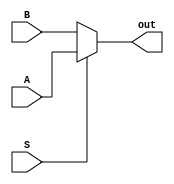
module mux(input A, input B, input S, output out);

    assign out = (S == 0 ) ? B : A;

endmodule

module barrelLeft #(
    parameter n = 24,
    parameter sel = 5
) (
    input [n-1:0] in, input [sel-1:0] s, output [n-1:0] out
);
    
    wire [n-1:0] temp [sel-2:0];
    genvar i;
    generate
        columnLeft #(0, n) col_01 (in, s[0], temp[0]);
        for (i = 1; i < sel - 1; i = i + 1) begin: columnLoopLeft
            columnLeft #(i, n) col (temp[i-1], s[i], temp[i]);
        end
        columnLeft #(sel-1, n) col_0n (temp[sel-2], s[sel-1], out);
    endgenerate

endmodule

module columnLeft #(
    parameter level = 4,
    parameter n = 24
) (
    input [n-1:0] in, input s, output [n-1:0] out
);

    mux mux_01 [2**level-1:0]({2**level{1'b0}}, in[2**level-1:0], s, out[2**level-1:0]);
    mux mux_02 [n-2**level-1:0](in[n-2**level-1:0], in[n-1:2**level], s, out[n-1:2**level]);

endmodule

module barrelRight #(
    parameter n = 24,
    parameter sel = 5
) (
    input [n-1:0] in, input [sel-1:0] s, output [n-1:0] out
);
    
    wire [n-1:0] temp [sel-2:0];
    genvar i;
    generate
        columnRight #(0, n) col_01 (in, s[0], temp[0]);
        for (i = 1; i < sel - 1; i = i + 1) begin: columnLoopRight
            columnRight #(i, n) col (temp[i-1], s[i], temp[i]);
        end
        columnRight #(sel-1, n) col_0n (temp[sel-2], s[sel-1], out);
    endgenerate

endmodule

module columnRight #(
    parameter level = 4,
    parameter n = 24
) (
    input [n-1:0] in, input s, output [n-1:0] out
);
    
    mux mux_01 [n-2**level-1:0](in[n-1:2**level], in[n-2**level-1:0], s, out[n-2**level-1:0]);
    mux mux_02 [2**level-1:0]({2**level{1'b0}}, in[n-1:n-2**level], s, out[n-1:n-2**level]);

endmodule

// module top;

//     reg [23:0] in;
//     reg [4:0] S;
//     wire [23:0] out;

//     barrelLeft #(24, 5) b (in, S, out);

//     initial 
//     begin
//         in = $random;
//         S = 5'd2;
//         #0 $display ("%b\n%b", in, out);
//     end

// endmodule